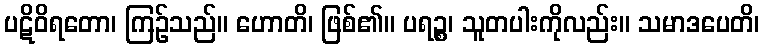
ပဋိဝိရတော၊ ကြဉ်သည်။ ဟောတိ၊ ဖြစ်၏။ ပရဉ္စ၊ သူတပါးကိုလည်း။ သမာဒပေတိ၊